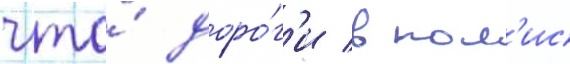
что́ доро́г'и в пол'ис